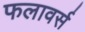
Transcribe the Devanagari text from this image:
फलावर्स